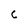
Character: C